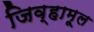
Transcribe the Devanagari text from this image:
जिव्हामूल